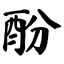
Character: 酚